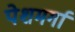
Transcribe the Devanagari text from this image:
पेशमर्गा